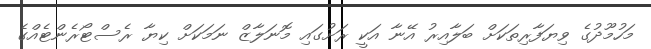
މަހުމޫދުގެ ވިޔަފާރިތަކަށް ބަލާއިރު އޭނާ އަކީ ރަށުގައި މޮނަލާޒް ނަމަކަށް ކިޔާ ރެސްޓޯރެންޓެއްގެ